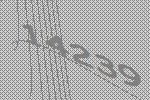
14239